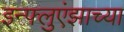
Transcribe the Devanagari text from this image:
इन्फ्लुएंझाच्या